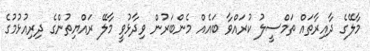
މާލޭގެ ދާއިރާތައް ތަމްސީލު ކުރައްވާ ބައެއް މެންބަރުން ވިދާޅުވީ މާލޭ ރައްޔިތުންގެ ދިރިއުޅުމުގެ